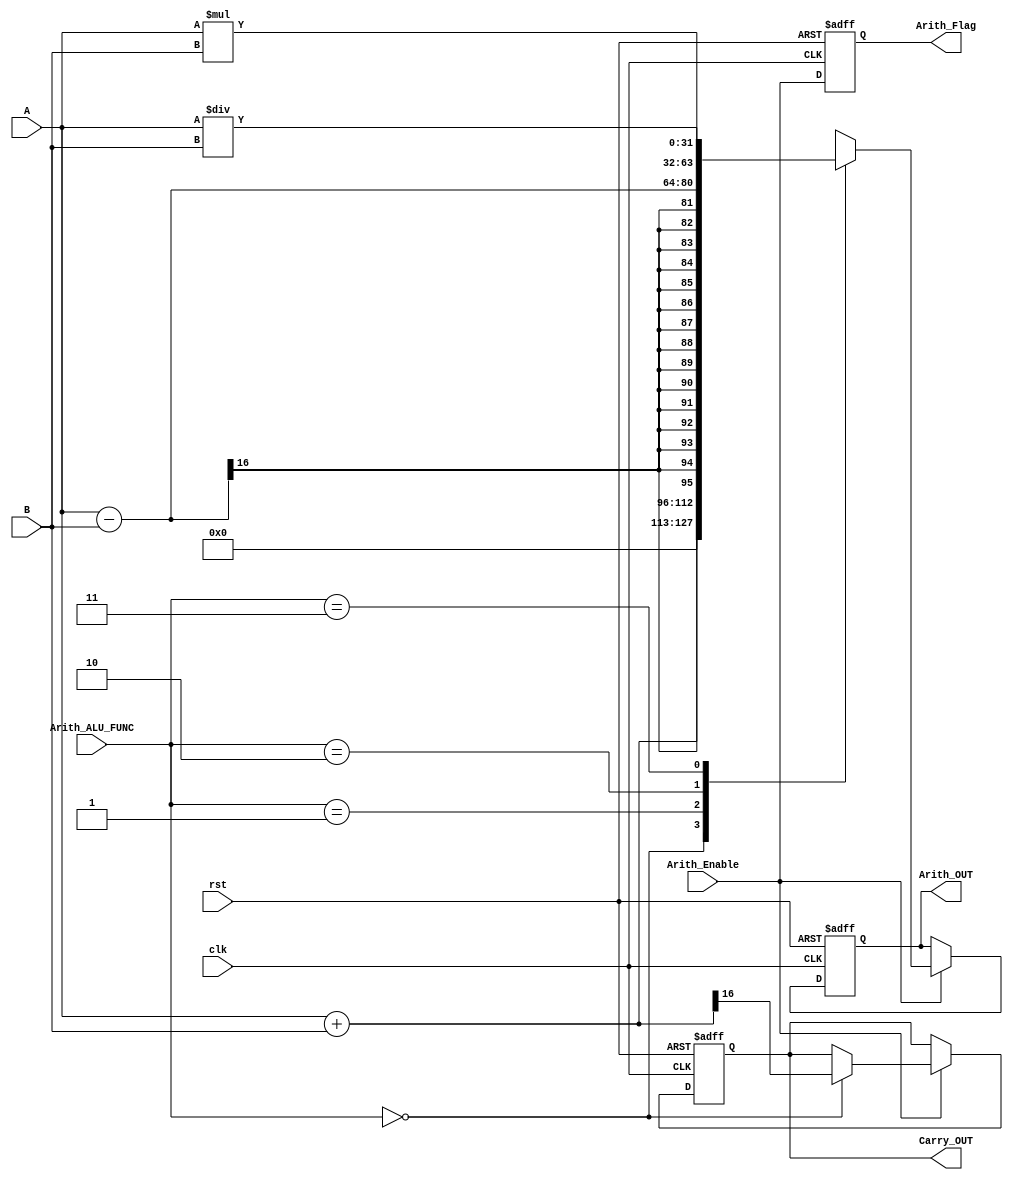
module Arithmetic_Unit #(
    parameter A_WIDTH = 16,
    parameter B_WIDTH = 16
) (
    input clk,rst,
    input [A_WIDTH - 1 : 0] A,
    input [B_WIDTH - 1 : 0] B,
    input [1 : 0] Arith_ALU_FUNC,
    input Arith_Enable,
    output reg [A_WIDTH + B_WIDTH - 1 : 0] Arith_OUT,
    output reg Carry_OUT, Arith_Flag       
);

// Internal Signals
reg [A_WIDTH + B_WIDTH - 1 : 0] ADD_Signal;

// Active Low Asynchronous Reset
always @(posedge clk or negedge rst) begin
    if(!rst) begin 
        Arith_OUT  <=  'b0;
        Carry_OUT  <= 1'b0; 
        Arith_Flag <= 1'b0; 
end
else begin
    // Control Arith_Flag
    Arith_Flag <= Arith_Enable;
    if(Arith_Enable) begin
        case (Arith_ALU_FUNC)
            // case 0 : Addition with carry
            2'b00: begin
                // Calculate Output with Carry
                if (A_WIDTH >= B_WIDTH) begin
                    Arith_OUT <= A + B;
                    {Carry_OUT,ADD_Signal[A_WIDTH - 1 : 0]} <= A + B;
                end
                else begin
                    Arith_OUT <= A + B;
                    {Carry_OUT,ADD_Signal[B_WIDTH - 1 : 0]} <= A + B;
                end
            end
            // case 1 : Subtractor  
            2'b01: Arith_OUT <= A - B;
            // case 2 : Multiplier  
            2'b10: Arith_OUT <= A * B;
            // case 3 : Division
            2'b11: Arith_OUT <= A / B;
            default: begin
                Arith_OUT <=  'b0;
                Carry_OUT <= 1'b0; 
            end
        endcase 
    end
  end
end
    
endmodule